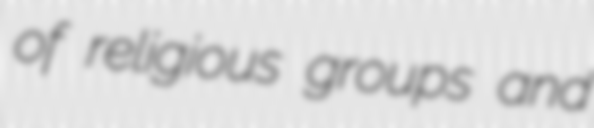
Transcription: of religious groups and